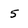
Character: 5